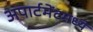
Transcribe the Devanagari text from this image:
अपार्टमेंटमध्ये